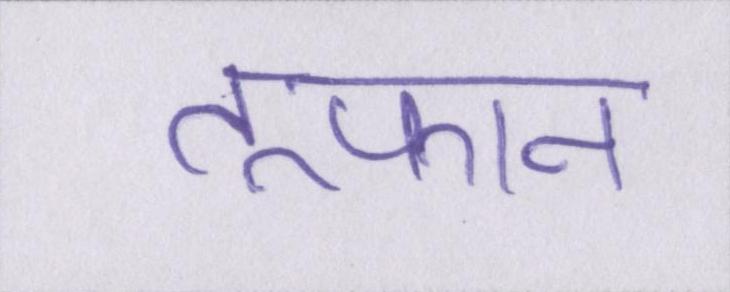
तूफान